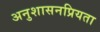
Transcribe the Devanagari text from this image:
अनुशासनप्रियता